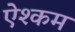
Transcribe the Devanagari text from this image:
ऐश्कम